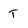
Character: T